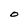
Character: O